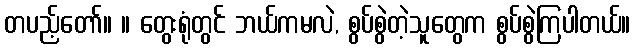
တပည့်တော်။ ။ တွေးရုံတွင် ဘယ်ကမလဲ, စွပ်စွဲတဲ့သူတွေက စွပ်စွဲကြပါတယ်။